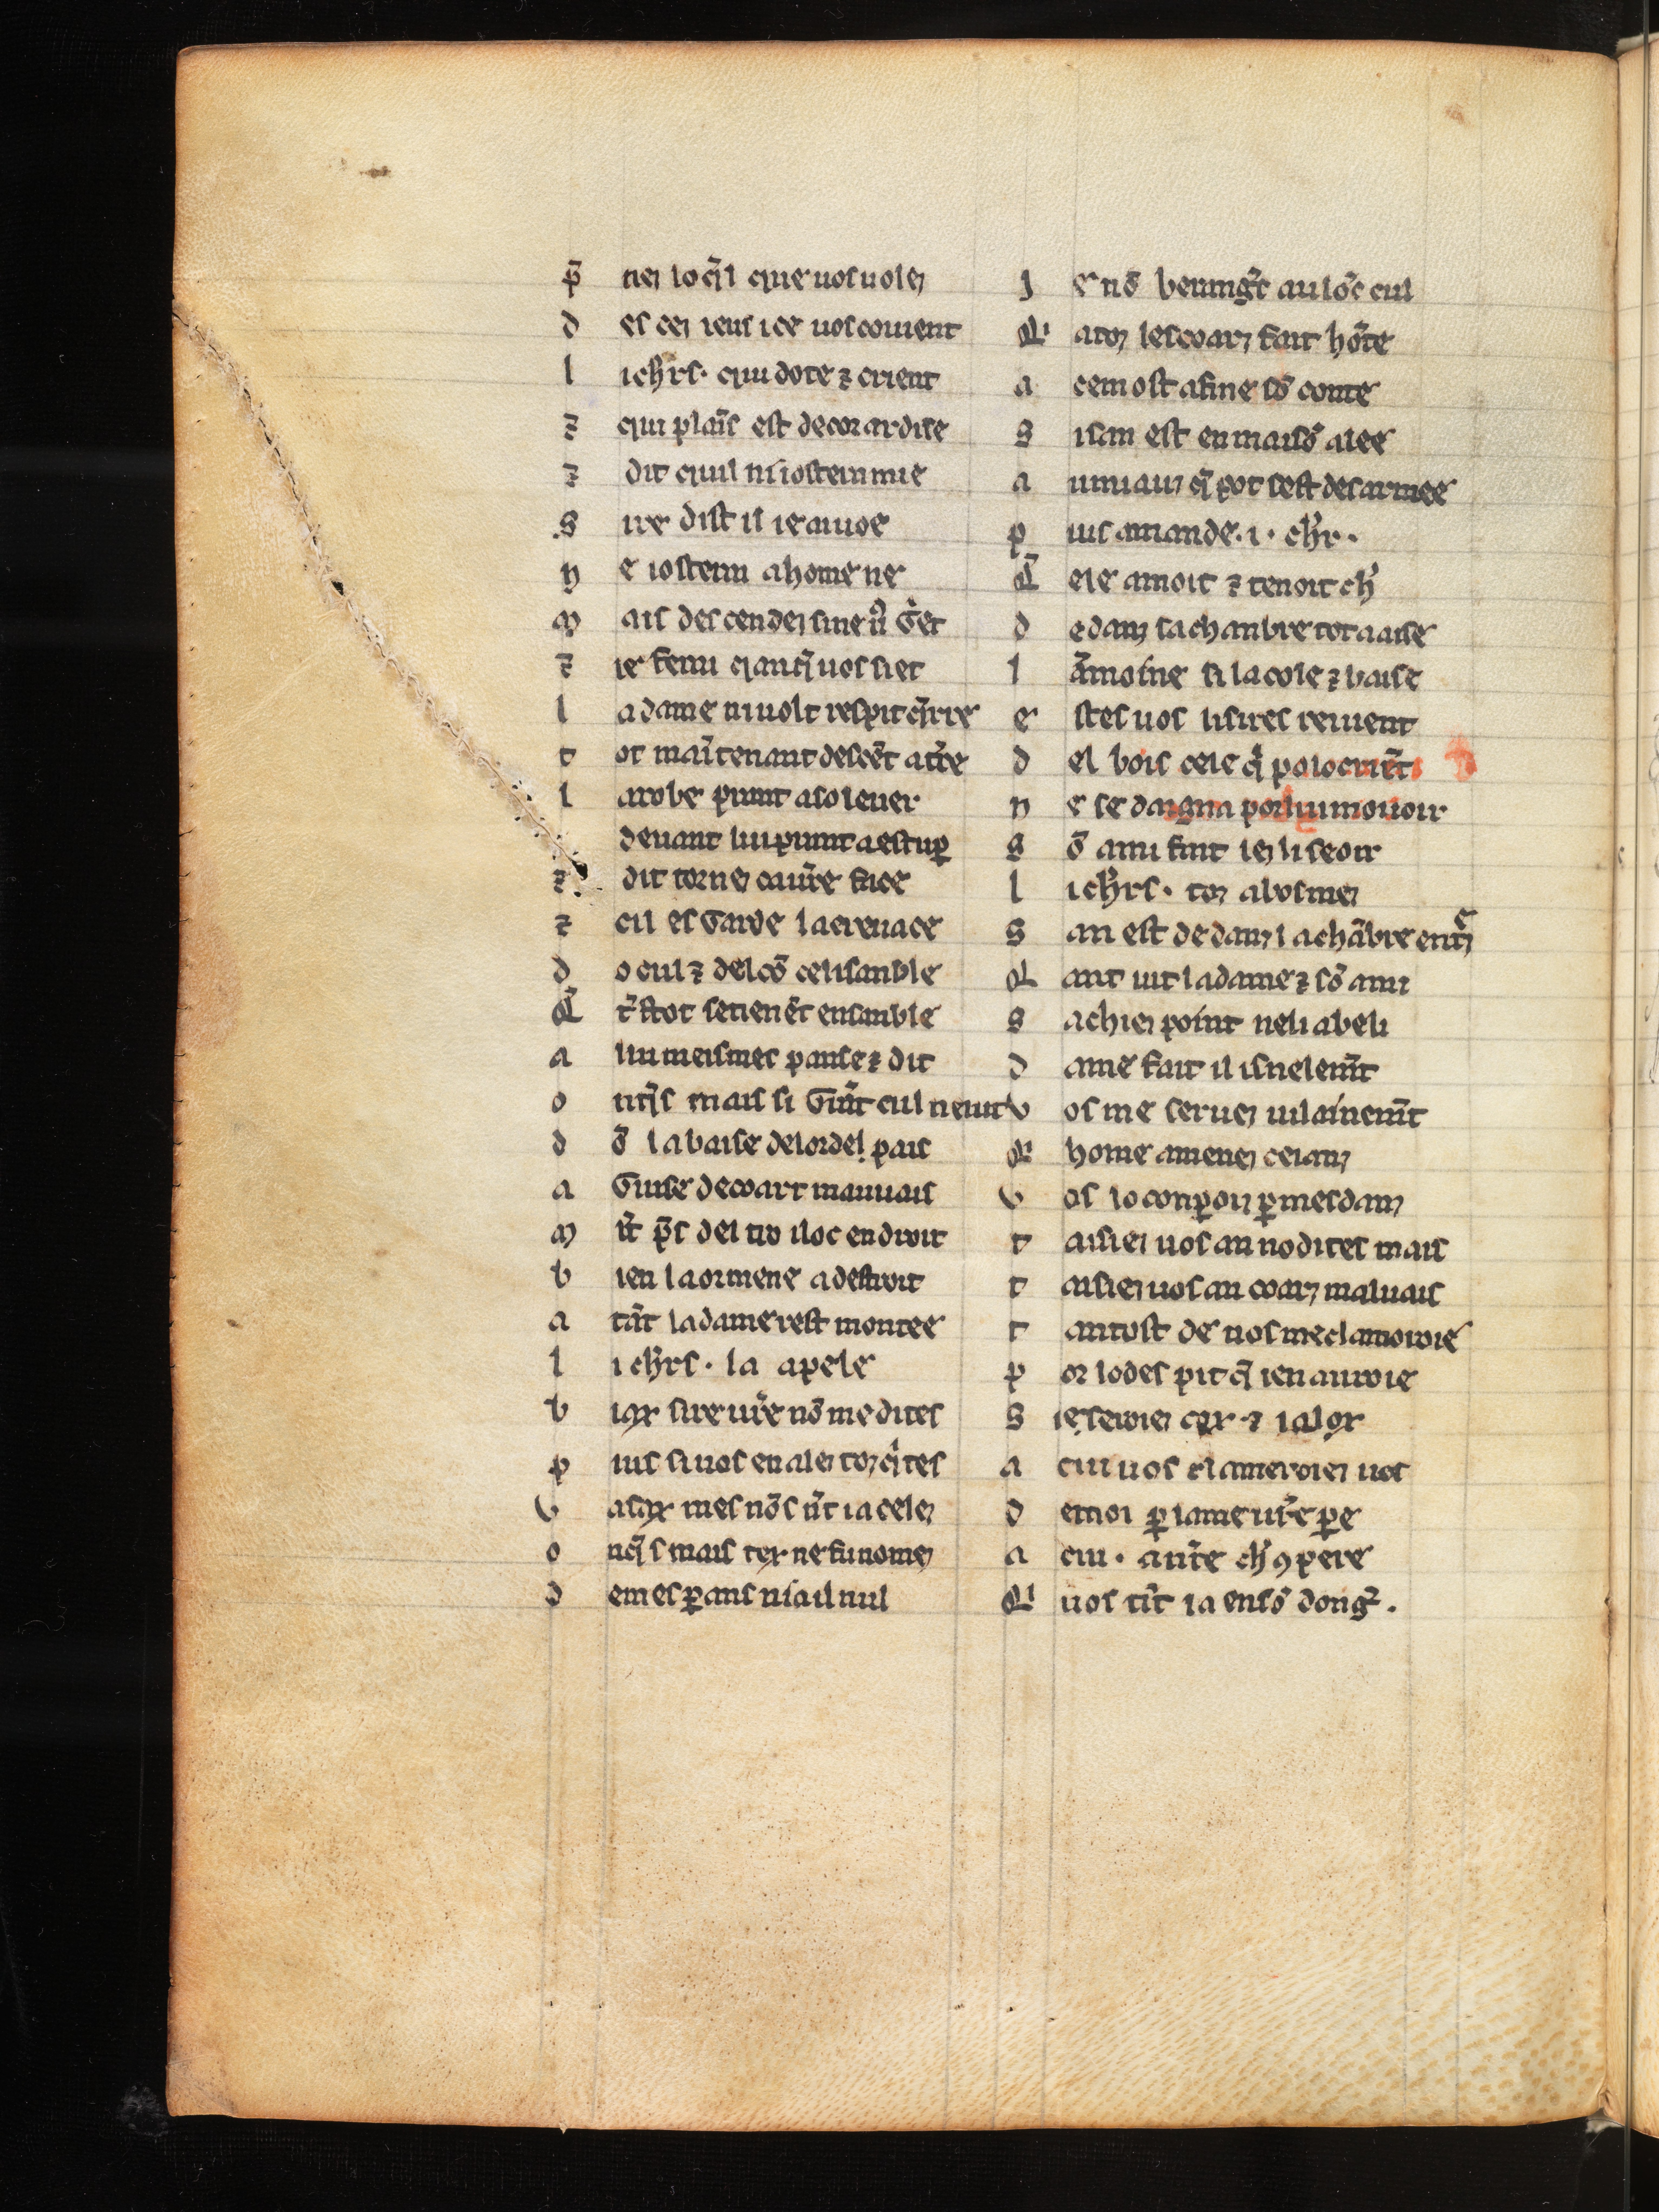
Shelfmark: Bern, Burgerbibliothek, 354
Century: 14